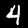
Digit: 4